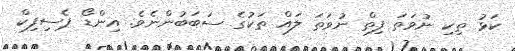
ކަޅު ތިކި ނުވަތަ ފިތް ނުވަތަ ލައް ތަކުގެ ސަބަބުންނެވެ. އިންޑޯ ޕެސިފިކް